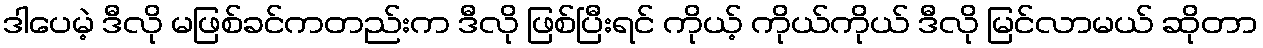
ဒါပေမဲ့ ဒီလို မဖြစ်ခင်ကတည်းက ဒီလို ဖြစ်ပြီးရင် ကိုယ့် ကိုယ်ကိုယ် ဒီလို မြင်လာမယ် ဆိုတာ